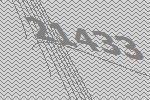
21433